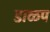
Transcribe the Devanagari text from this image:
डाळप